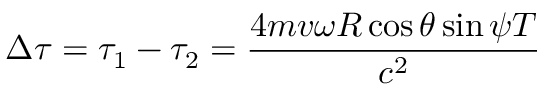
\Delta \tau = \tau _ { 1 } - \tau _ { 2 } = \frac { 4 m v \omega R \cos { \theta } \sin { \psi } T } { c ^ { 2 } }